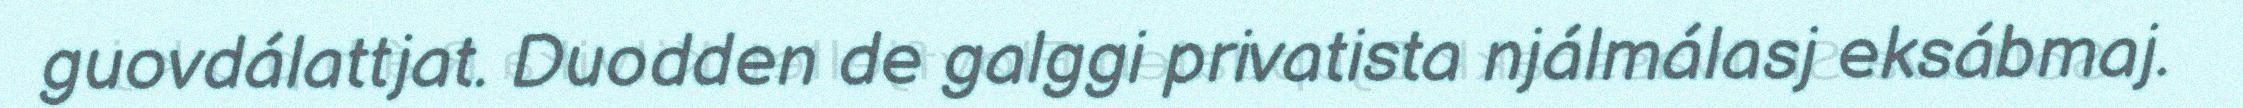
guovdálattjat. Duodden de galggi privatista njálmálasj eksábmaj.